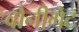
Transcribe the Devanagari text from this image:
वौनीगेट